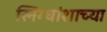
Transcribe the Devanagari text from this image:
स्निग्धांशाच्या